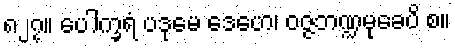
၈၂၇။ ပေါက္ခရံ ပဒုမေ ဒေဟေ၊ ဝဇ္ဇဘဏ္ဍမုခေပိ စ။